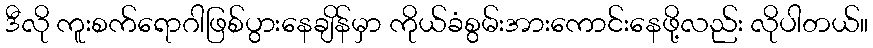
ဒီလို ကူးစက်ရောဂါဖြစ်ပွားနေချိန်မှာ ကိုယ်ခံစွမ်းအားကောင်းနေဖို့လည်း လိုပါတယ်။